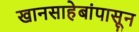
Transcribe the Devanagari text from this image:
खानसाहेबांपासून